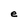
Character: e